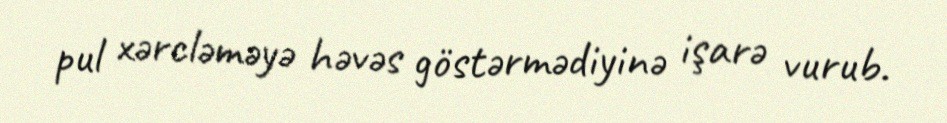
pul xərcləməyə həvəs göstərmədiyinə işarə vurub.